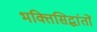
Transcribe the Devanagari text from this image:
भक्तिसिद्धांतों